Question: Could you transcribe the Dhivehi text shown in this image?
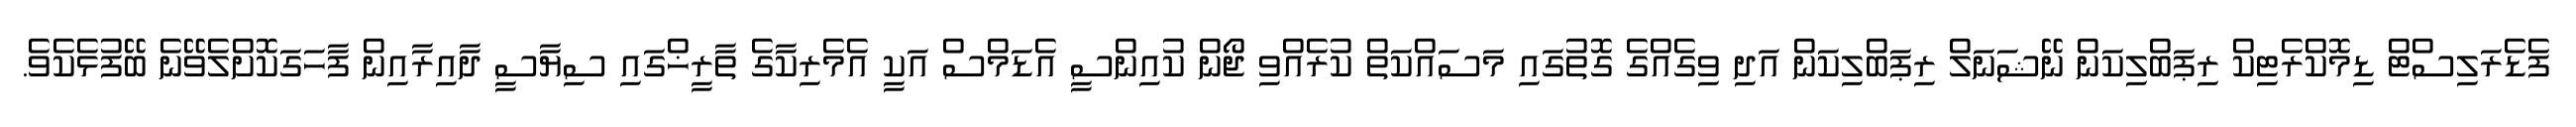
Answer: ފެޑެރަލިސްޓް ޑިމޮކްރެޓިކް ރިޕަބްލިކަން ނޭޝަނަލް ރިޕަބްލިކަން އަދި ވިގެއްގެ ގޮތުގައި މަސައްކަތް ކުރެއްވި ޖޯން ކުއިންސީ އެޑަމްސް އަކީ އެމެރިކާގެ ތާރީޚްގައި ސިޔާސީ ދާއިރާއިން ފާހަގަކޮށްލެވޭނެ ބޭފުޅެކެވެ.